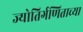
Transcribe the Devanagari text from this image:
ज्योतिर्गणिताच्या